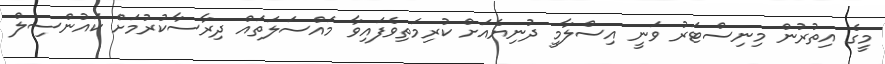
މީގެ އިތުރުން މިނިސްޓަރު ވަނީ އިސްލާމީ ދުނިޔެއަށް ކުރިމަތިވެފައިވާ މައްސަލަތައް ދިރާސާކުރުމަށް ކައުންސިލް